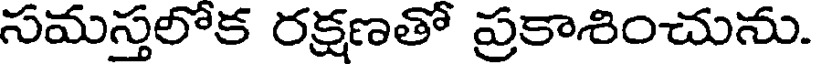
సమస్తలోక రక్షణతో ప్రకాశించును.